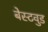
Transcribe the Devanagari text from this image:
बेस्टवुड